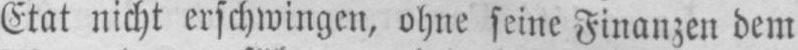
Etat nicht erschwingen, ohne seine Finanzen dem